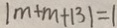
\vert m + m + 1 3 \vert = 1